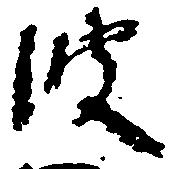
波